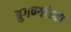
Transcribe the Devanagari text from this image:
बुगण्यांच्या